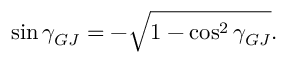
\sin \gamma _ { G J } = - \sqrt { 1 - \cos ^ { 2 } \gamma _ { G J } } .